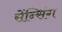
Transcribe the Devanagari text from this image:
सेंन्सिंग